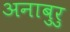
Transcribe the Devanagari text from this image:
अनाबुरु